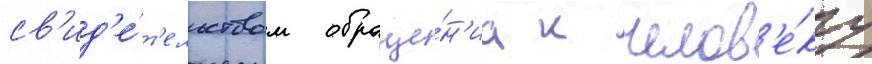
св'ид'е́т'ельством обраще́н'иа к челов'е́ку